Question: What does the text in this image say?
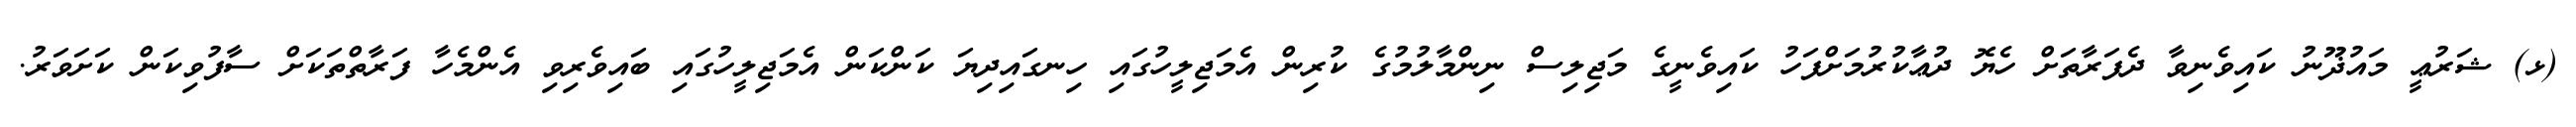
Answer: (ޅ) ޝަރުޢީ މައުޛޫނު ކައިވެނިވާ ދެފަރާތަށް ހެޔޮ ދުޢާކުރުމަށްފަހު ކައިވެނީގެ މަޖިލިސް ނިންމާލުމުގެ ކުރިން އެމަޖިލީހުގައި ހިނގައިދިޔަ ކަންކަން އެމަޖިލީހުގައި ބައިވެރިވި އެންމެހާ ފަރާތްތަކަށް ސާފުވިކަން ކަށަވަރު.